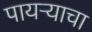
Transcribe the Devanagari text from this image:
पायऱ्याचा